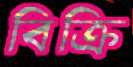
বিক্রি